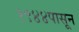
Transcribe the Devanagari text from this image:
१९४४पासून